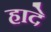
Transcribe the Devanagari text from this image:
हादे